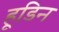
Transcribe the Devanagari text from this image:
हूडिन